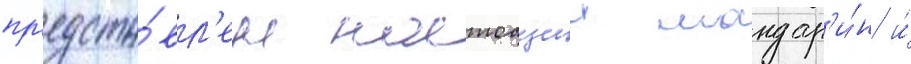
пр'едста́вл'ен настоащии мандар'и́н и́